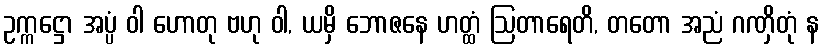
ဥက္ကဋ္ဌော အပ္ပံ ဝါ ဟောတု ဗဟု ဝါ, ယမှိ ဘောဇနေ ဟတ္ထံ ဩတာရေတိ, တတော အညံ ဂဏှိတုံ န